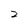
Character: 2